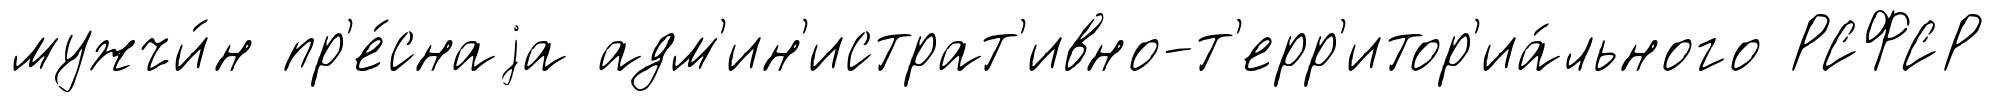
мужчи́н пр'е́снаjа адм'ин'истрат'ивно-т'ерр'итор'иа́льного РСФСР